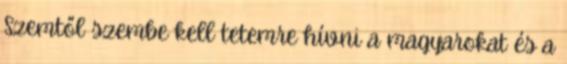
Szemtől szembe kell tetemre hívni a magyarokat és a